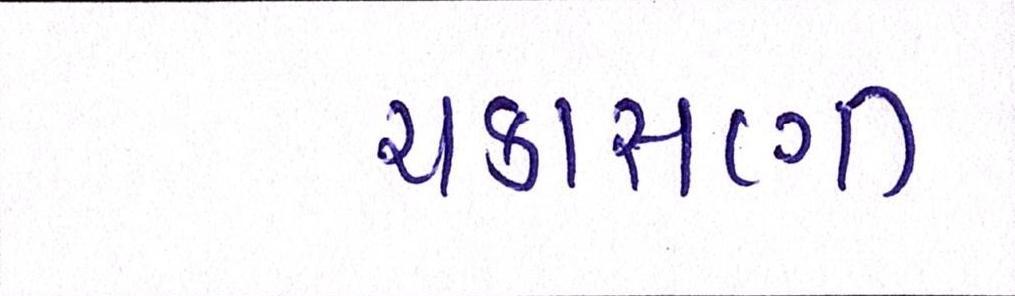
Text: ચકાસણી